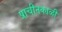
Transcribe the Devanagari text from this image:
प्राचीनकाळीं